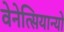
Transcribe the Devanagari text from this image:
वेनेत्सियान्यो